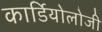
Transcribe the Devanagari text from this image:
कार्डियाेलोजी